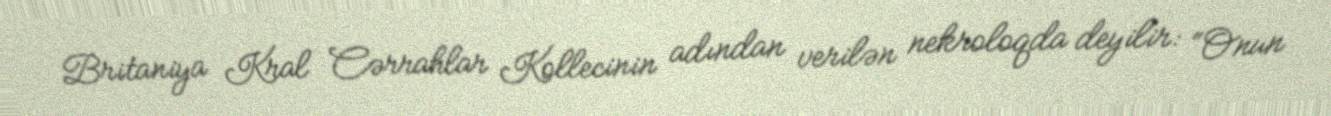
Britaniya Kral Cərrahlar Kollecinin adından verilən nekroloqda deyilir: “Onun